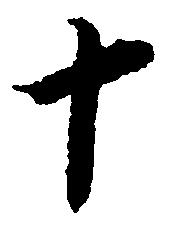
十